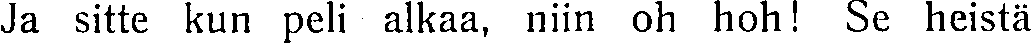
Ja sitte kun peli alkaa, niin oh hoh! Se heistä